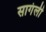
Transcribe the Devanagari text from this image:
सागंली